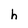
Character: h